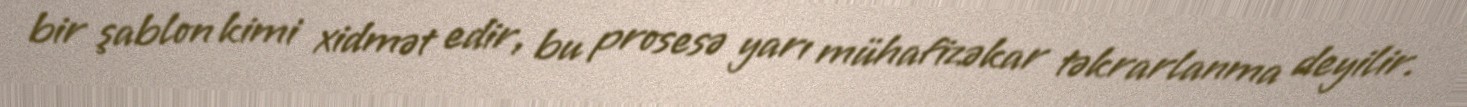
bir şablon kimi xidmət edir, bu prosesə yarı mühafizəkar təkrarlanma deyilir.